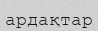
ардақтар